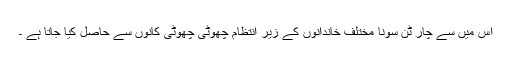
اس میں سے چار ٹن سونا مختلف خاندانوں کے زیر انتظام چھوٹی چھوٹی کانوں سے حاصل کیا جاتا ہے ۔